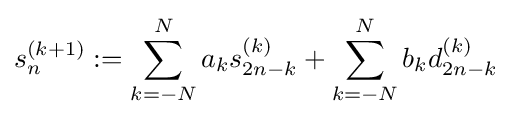
s_{n}^{(k+1)}:=\sum _{k=-N}^{N}a_{k}s_{2n-k}^{(k)}+\sum _{k=-N}^{N}b_{k}d_{2n-k}^{(k)}